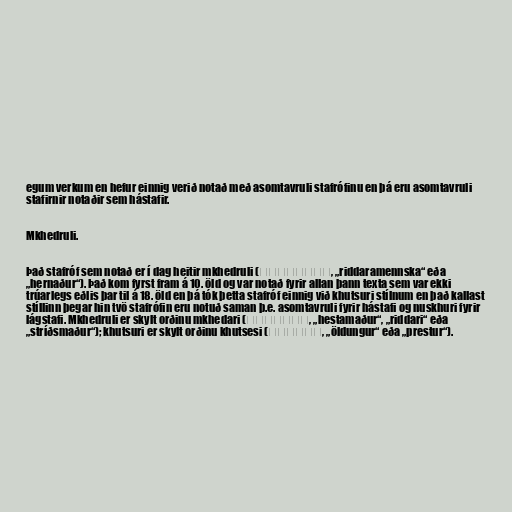
egum verkum en hefur einnig verið notað með asomtavruli stafrófinu en þá eru asomtavruli
stafirnir notaðir sem hástafir.

Mkhedruli.

Það stafróf sem notað er í dag heitir mkhedruli (მხედრული, „riddaramennska“ eða
„hernaður“). Það kom fyrst fram á 10. öld og var notað fyrir allan þann texta sem var ekki
trúarlegs eðlis þar til á 18. öld en þá tók þetta stafróf einnig við khutsuri stílnum en það kallast
stíllinn þegar hin tvö stafrófin eru notuð saman þ.e. asomtavruli fyrir hástafi og nuskhuri fyrir
lágstafi. Mkhedruli er skylt orðinu mkhedari (მხედარი, „hestamaður“, „riddari“ eða
„stríðsmaður“); khutsuri er skylt orðinu khutsesi (ხუცესი, „öldungur“ eða „prestur“).